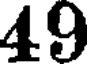
49